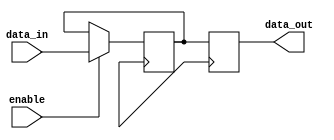
module K_dataBuffer (
  input wire [31:0] data_in,
  input wire enable,
  output wire [31:0] data_out
);
  
  reg [31:0] buffer;

  always @(posedge clk) begin
    if (enable)
      buffer <= data_in; // Store input data in the buffer when enable signal is asserted
    data_out <= buffer; // Output the data stored in the buffer
  end

endmodule